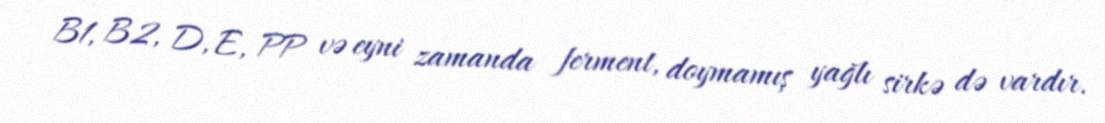
B1, B2, D, E, PP və eyni zamanda ferment, doymamış yağlı sirkə də vardır.